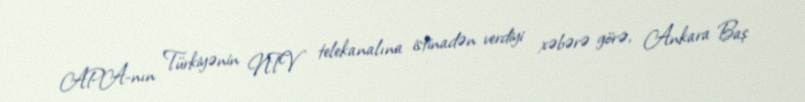
APA-nın Türkiyənin NTV telekanalına istinadən verdiyi xəbərə görə, Ankara Baş